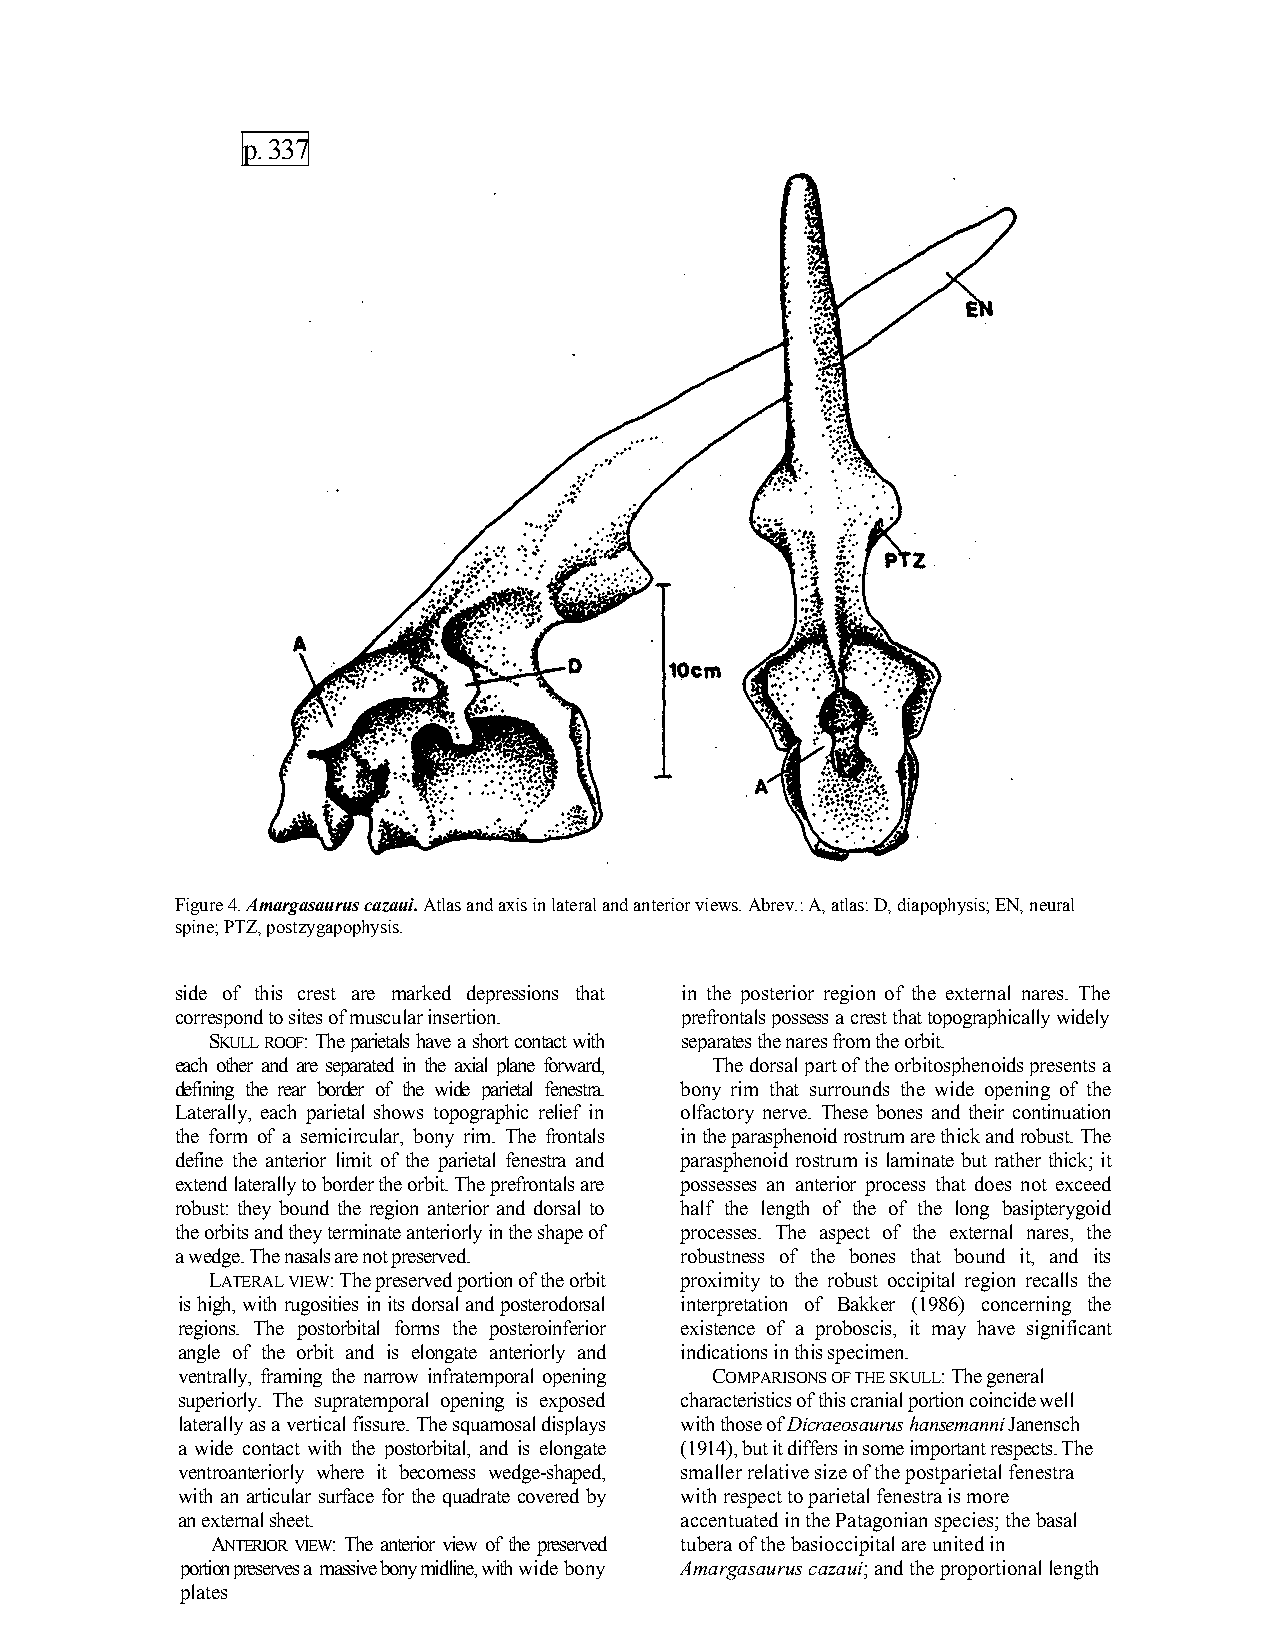
p. 337
 Figure 4. Amargasaurus cazaui. Atlas and axis in lateral and anterior views. Abrev.: A, atlas: D, diapophysis; EN, neural
 spine; PTZ, postzygapophysis.
 side of this crest are marked depressions that in the posterior region of the external nares. The
 correspond to sites of muscular insertion. prefrontals possess a crest that topographically widely
 SKULL ROOF: The parietals have a short contact with separates the nares from the orbit.
 each other and are separated in the axial plane forward, The dorsal part of the orbitosphenoids presents a
 defining the rear border of the wide parietal fenestra. bony rim that surrounds the wide opening of the
 Laterally, each parietal shows topographic relief in olfactory nerve. These bones and their continuation
 the form of a semicircular, bony rim. The frontals in the parasphenoid rostrum are thick and robust. The
 define the anterior limit of the parietal fenestra and parasphenoid rostrum is laminate but rather thick; it
 extend laterally to border the orbit. The prefrontals are possesses an anterior process that does not exceed
 robust: they bound the region anterior and dorsal to half the length of the of the long basipterygoid
 the orbits and they terminate anteriorly in the shape of processes. The aspect of the external nares, the
 a wedge. The nasals are not preserved. robustness of the bones that bound it, and its
 LATERAL VIEW: The preserved portion of the orbit proximity to the robust occipital region recalls the
 is high, with rugosities in its dorsal and posterodorsal interpretation of Bakker (1986) concerning the
 regions. The postorbital forms the posteroinferior existence of a proboscis, it may have significant
 angle of the orbit and is elongate anteriorly and indications in this specimen.
 ventrally, framing the narrow infratemporal opening COMPARISONS OF THE SKULL: The general
 superiorly. The supratemporal opening is exposed characteristics of this cranial portion coincide well
 laterally as a vertical fissure. The squamosal displays with those of Dicraeosaurus hansemanni Janensch
 a wide contact with the postorbital, and is elongate (1914), but it differs in some important respects. The
 ventroanteriorly where it becomess wedge-shaped, smaller relative size of the postparietal fenestra
 with an articular surface for the quadrate covered by with respect to parietal fenestra is more
 an external sheet.               accentuated in the Patagonian species; the basal
 ANTERIOR VIEW: The anterior view of the preserved tubera of the basioccipital are united in
 portion preserves a massive bony midline, with wide bony Amargasaurus cazaui; and the proportional length
 plates